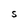
Character: S